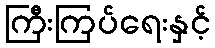
ကြီးကြပ်ရေးနှင့်